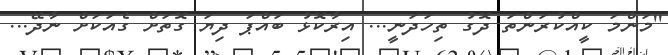
''މަންމަ ކީއްކުރަންތަ ދޮގު ތިހަދަނީ... އިރާކޮޅު ބައްޕަ ދިޔަ ގޮތަށް ގެއަކަށް ނާދޭ...